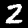
Label: 2